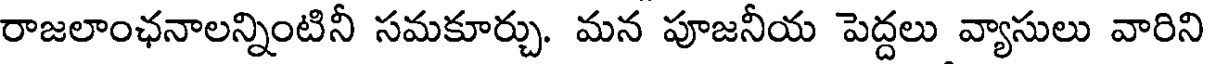
రాజలాంఛనాలన్నింటినీ సమకూర్చు. మన పూజనీయ పెద్దలు వ్యాసులు వారిని